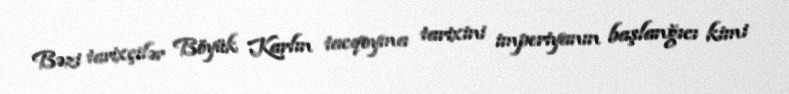
Bəzi tarixçilər Böyük Karlın tacqoyma tarixini imperiyanın başlanğıcı kimi